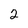
Character: 2